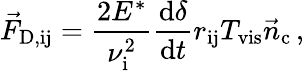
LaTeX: \vec{F}_{\mathrm{D,ij}}=\frac{2E^{*}}{\nu_{\mathrm{i}}^{2}}\frac{\mathrm{d}\delta}{\mathrm{d}t}r_{\mathrm{ij}}T_{\mathrm{vis}}\vec{n}_{\mathrm{c}}\, ,